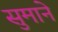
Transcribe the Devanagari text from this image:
सुमाने